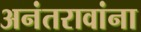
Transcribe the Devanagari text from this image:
अनंतरावांना